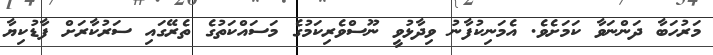
މަރުހަބާ ދަންނަވާ ކަމަށެވެ. އެމަނިކުފާނު ވިދާޅުވީ ނޫސްވެރިކަމުގެ މަސައްކަތުގެ ތެރޭގައި ސަރުކާރަށް ފާޑުކިޔާ